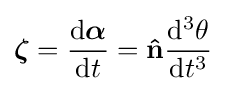
{\boldsymbol {\zeta }}={\frac {\mathrm {d} {\boldsymbol {\alpha }}}{\mathrm {d} t}}=\mathbf {\hat {n}} {\frac {\mathrm {d} ^{3}\theta }{\mathrm {d} t^{3}}}